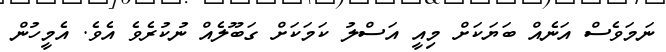
ނަމަވެސް އަނެއް ބަޔަކަށް މިއީ އަސްލު ކަމަކަށް ގަބޫލެއް ނުކުރެވެ އެވެ. އެމީހުން